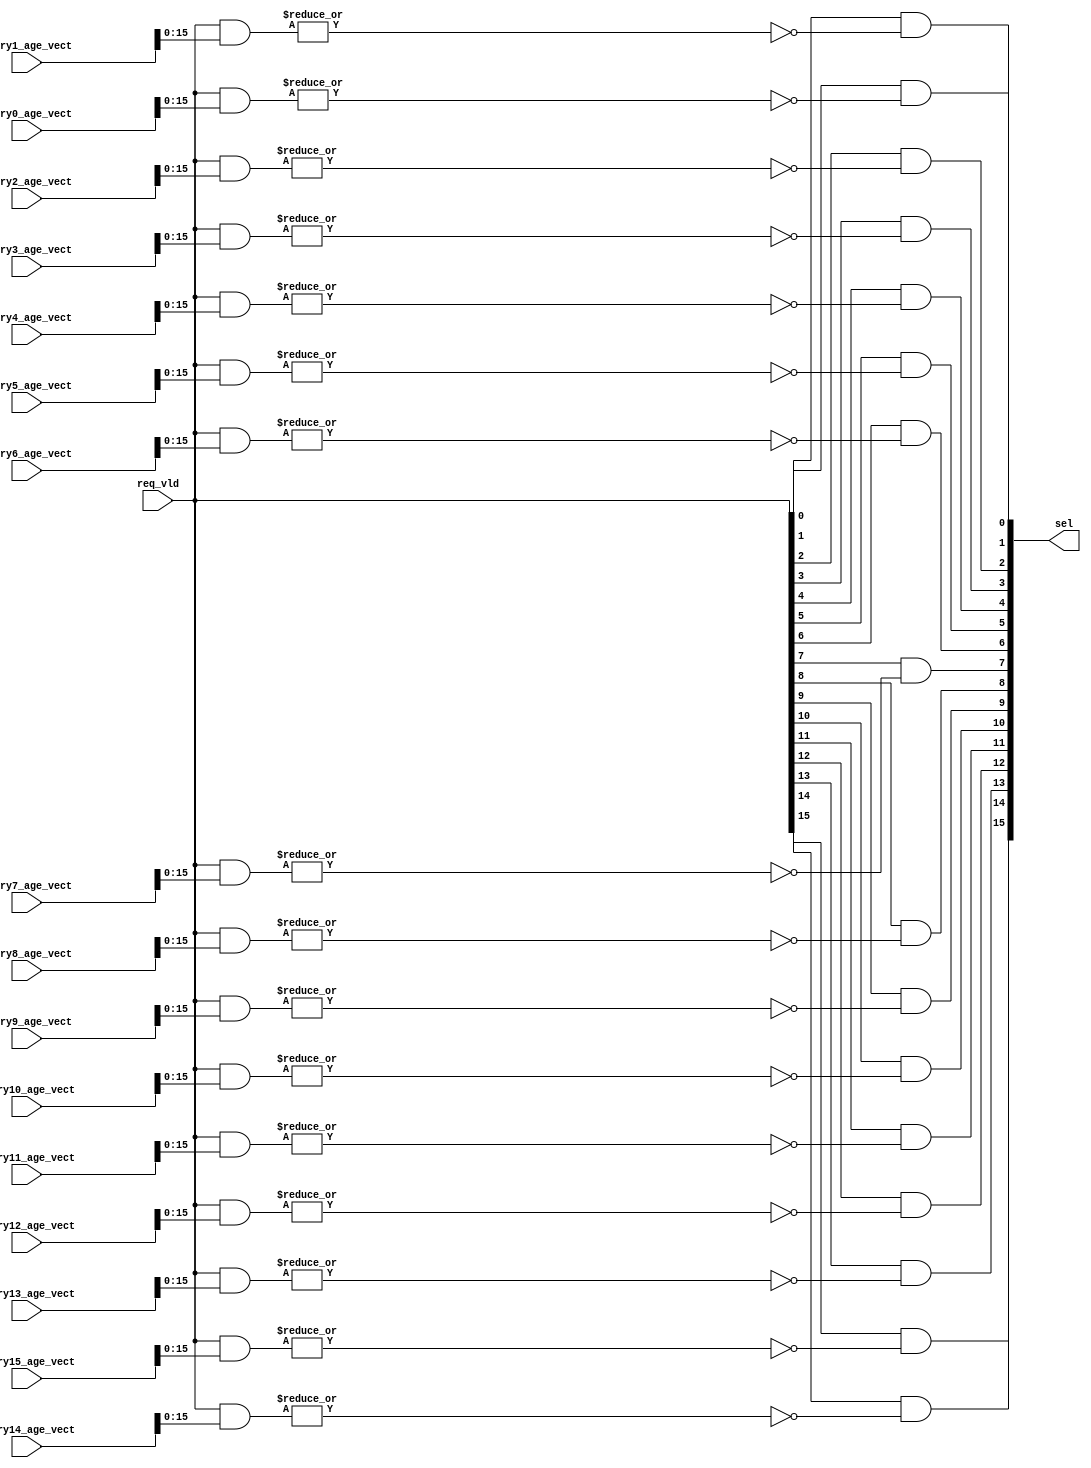
/*Copyright 2019-2021 T-Head Semiconductor Co., Ltd.

Licensed under the Apache License, Version 2.0 (the "License");
you may not use this file except in compliance with the License.
You may obtain a copy of the License at

    http://www.apache.org/licenses/LICENSE-2.0

Unless required by applicable law or agreed to in writing, software
distributed under the License is distributed on an "AS IS" BASIS,
WITHOUT WARRANTIES OR CONDITIONS OF ANY KIND, either express or implied.
See the License for the specific language governing permissions and
limitations under the License.
*/

// &ModuleBeg; @18
module ct_ciu_snb_dp_sel_16(
  entry0_age_vect,
  entry10_age_vect,
  entry11_age_vect,
  entry12_age_vect,
  entry13_age_vect,
  entry14_age_vect,
  entry15_age_vect,
  entry1_age_vect,
  entry2_age_vect,
  entry3_age_vect,
  entry4_age_vect,
  entry5_age_vect,
  entry6_age_vect,
  entry7_age_vect,
  entry8_age_vect,
  entry9_age_vect,
  req_vld,
  sel
);

// &Ports; @19
input   [23:0]  entry0_age_vect; 
input   [23:0]  entry10_age_vect; 
input   [23:0]  entry11_age_vect; 
input   [23:0]  entry12_age_vect; 
input   [23:0]  entry13_age_vect; 
input   [23:0]  entry14_age_vect; 
input   [23:0]  entry15_age_vect; 
input   [23:0]  entry1_age_vect; 
input   [23:0]  entry2_age_vect; 
input   [23:0]  entry3_age_vect; 
input   [23:0]  entry4_age_vect; 
input   [23:0]  entry5_age_vect; 
input   [23:0]  entry6_age_vect; 
input   [23:0]  entry7_age_vect; 
input   [23:0]  entry8_age_vect; 
input   [23:0]  entry9_age_vect; 
input   [15:0]  req_vld;         
output  [15:0]  sel;             

// &Regs; @20

// &Wires; @21
wire    [23:0]  entry0_age_vect; 
wire    [23:0]  entry10_age_vect; 
wire    [23:0]  entry11_age_vect; 
wire    [23:0]  entry12_age_vect; 
wire    [23:0]  entry13_age_vect; 
wire    [23:0]  entry14_age_vect; 
wire    [23:0]  entry15_age_vect; 
wire    [23:0]  entry1_age_vect; 
wire    [23:0]  entry2_age_vect; 
wire    [23:0]  entry3_age_vect; 
wire    [23:0]  entry4_age_vect; 
wire    [23:0]  entry5_age_vect; 
wire    [23:0]  entry6_age_vect; 
wire    [23:0]  entry7_age_vect; 
wire    [23:0]  entry8_age_vect; 
wire    [23:0]  entry9_age_vect; 
wire    [15:0]  req_vld;         
wire    [15:0]  sel;             


// &Force("bus", "entry0_age_vect",23,0); @23
// &Force("bus", "entry1_age_vect",23,0); @24
// &Force("bus", "entry2_age_vect",23,0); @25
// &Force("bus", "entry3_age_vect",23,0); @26
// &Force("bus", "entry4_age_vect",23,0); @27
// &Force("bus", "entry5_age_vect",23,0); @28
// &Force("bus", "entry6_age_vect",23,0); @29
// &Force("bus", "entry7_age_vect",23,0); @30
// &Force("bus", "entry8_age_vect",23,0); @31
// &Force("bus", "entry9_age_vect",23,0); @32
// &Force("bus", "entry10_age_vect",23,0); @33
// &Force("bus", "entry11_age_vect",23,0); @34
// &Force("bus", "entry12_age_vect",23,0); @35
// &Force("bus", "entry13_age_vect",23,0); @36
// &Force("bus", "entry14_age_vect",23,0); @37
// &Force("bus", "entry15_age_vect",23,0); @38

parameter DEPTH = 16;

assign sel[0] = req_vld[0] && !(|(req_vld[DEPTH-1:0] & entry0_age_vect[DEPTH-1:0]));
assign sel[1] = req_vld[1] && !(|(req_vld[DEPTH-1:0] & entry1_age_vect[DEPTH-1:0]));
assign sel[2] = req_vld[2] && !(|(req_vld[DEPTH-1:0] & entry2_age_vect[DEPTH-1:0]));
assign sel[3] = req_vld[3] && !(|(req_vld[DEPTH-1:0] & entry3_age_vect[DEPTH-1:0]));
assign sel[4] = req_vld[4] && !(|(req_vld[DEPTH-1:0] & entry4_age_vect[DEPTH-1:0]));
assign sel[5] = req_vld[5] && !(|(req_vld[DEPTH-1:0] & entry5_age_vect[DEPTH-1:0]));
assign sel[6] = req_vld[6] && !(|(req_vld[DEPTH-1:0] & entry6_age_vect[DEPTH-1:0]));
assign sel[7] = req_vld[7] && !(|(req_vld[DEPTH-1:0] & entry7_age_vect[DEPTH-1:0]));
assign sel[8] = req_vld[8] && !(|(req_vld[DEPTH-1:0] & entry8_age_vect[DEPTH-1:0]));
assign sel[9] = req_vld[9] && !(|(req_vld[DEPTH-1:0] & entry9_age_vect[DEPTH-1:0]));
assign sel[10] = req_vld[10] && !(|(req_vld[DEPTH-1:0] & entry10_age_vect[DEPTH-1:0]));
assign sel[11] = req_vld[11] && !(|(req_vld[DEPTH-1:0] & entry11_age_vect[DEPTH-1:0]));
assign sel[12] = req_vld[12] && !(|(req_vld[DEPTH-1:0] & entry12_age_vect[DEPTH-1:0]));
assign sel[13] = req_vld[13] && !(|(req_vld[DEPTH-1:0] & entry13_age_vect[DEPTH-1:0]));
assign sel[14] = req_vld[14] && !(|(req_vld[DEPTH-1:0] & entry14_age_vect[DEPTH-1:0]));
assign sel[15] = req_vld[15] && !(|(req_vld[DEPTH-1:0] & entry15_age_vect[DEPTH-1:0]));

// &ModuleEnd; @59
endmodule